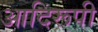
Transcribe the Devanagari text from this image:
आदिरूपी